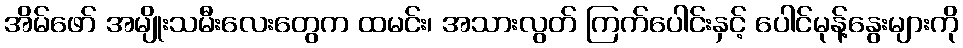
အိမ်ဖော် အမျိုးသမီးလေးတွေက ထမင်း၊ အသားလွတ် ကြက်ပေါင်းနှင့် ပေါင်မုန့်နွေးများကို